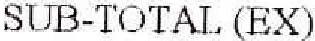
SUB-TOTAL (EX)